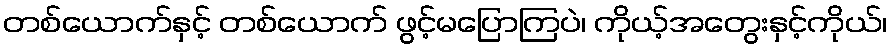
တစ်ယောက်နှင့် တစ်ယောက် ဖွင့်မပြောကြပဲ၊ ကိုယ့်အတွေးနှင့်ကိုယ်၊